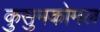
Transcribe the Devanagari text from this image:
कुसुमकोमल